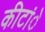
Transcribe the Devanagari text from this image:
कीटांे